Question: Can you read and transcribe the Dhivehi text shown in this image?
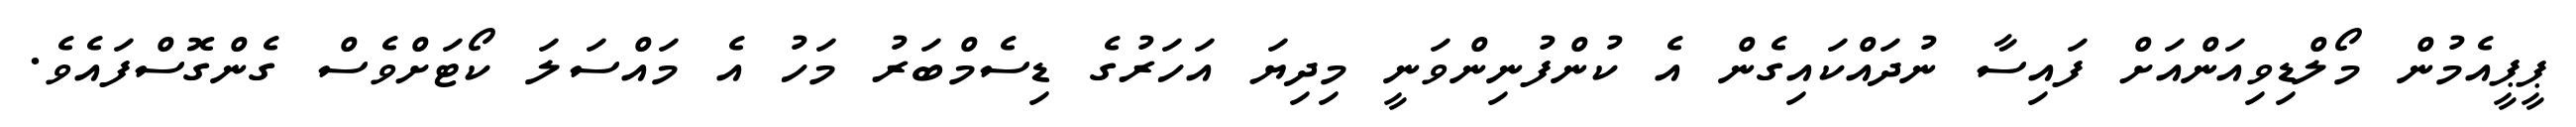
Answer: ޕީޕީއެމުން މޯލްޑިވިއަންއަށް ފައިސާ ނުދައްކައިގެން އެ ކުންފުނިންވަނީ މިދިޔަ އަހަރުގެ ޑިސެމްބަރު މަހު އެ މައްސަލަ ކޯޓަށްވެސް ގެންގޮސްފައެވެ.